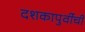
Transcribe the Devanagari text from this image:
दशकापुर्वीची